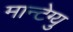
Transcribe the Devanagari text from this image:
मान्टेग्यु